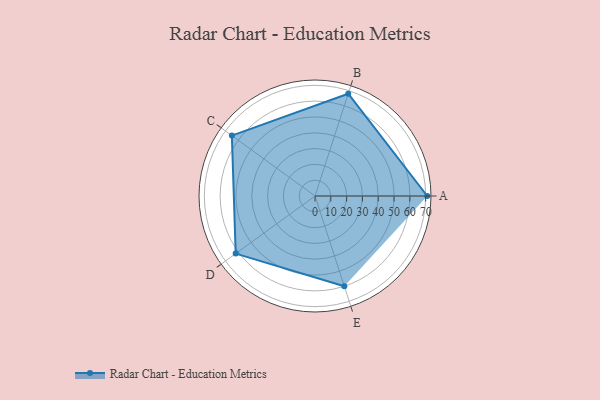
{"axis": {"x": "Skill", "y": "Score"}, "legend": ["Profile"], "data": [{"x": "A", "y": 71.0, "type": "Profile"}, {"x": "B", "y": 68.0, "type": "Profile"}, {"x": "C", "y": 65.0, "type": "Profile"}, {"x": "D", "y": 62.0, "type": "Profile"}, {"x": "E", "y": 60.0, "type": "Profile"}]}